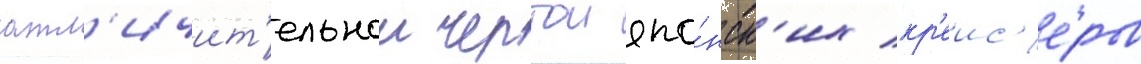
отл'ичит'ельнои чертои япо́нск'их кр'еис'еров